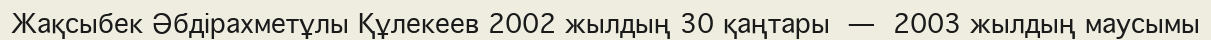
Жақсыбек Әбдірахметұлы Құлекеев 2002 жылдың 30 қаңтары  —  2003 жылдың маусымы